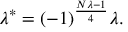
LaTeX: \lambda ^ { * } = ( - 1 ) ^ { \frac { N \lambda - 1 } { 4 } } \lambda .